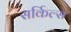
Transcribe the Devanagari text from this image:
सर्किल्स